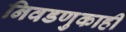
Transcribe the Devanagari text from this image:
निवडणुकाही